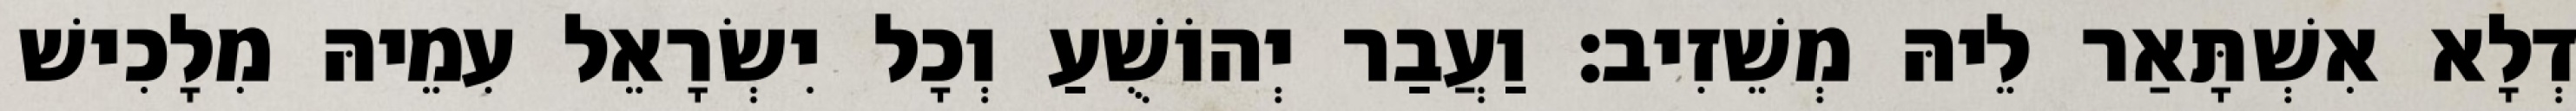
דְלָא אִשְׁתָּאַר לֵיהּ מְשֵׁזִיב׃ וַעֲבַר יְהוֹשֻׁעַ וְכָל יִשְׂרָאֵל עִמֵיהּ מִלָכִישׁ